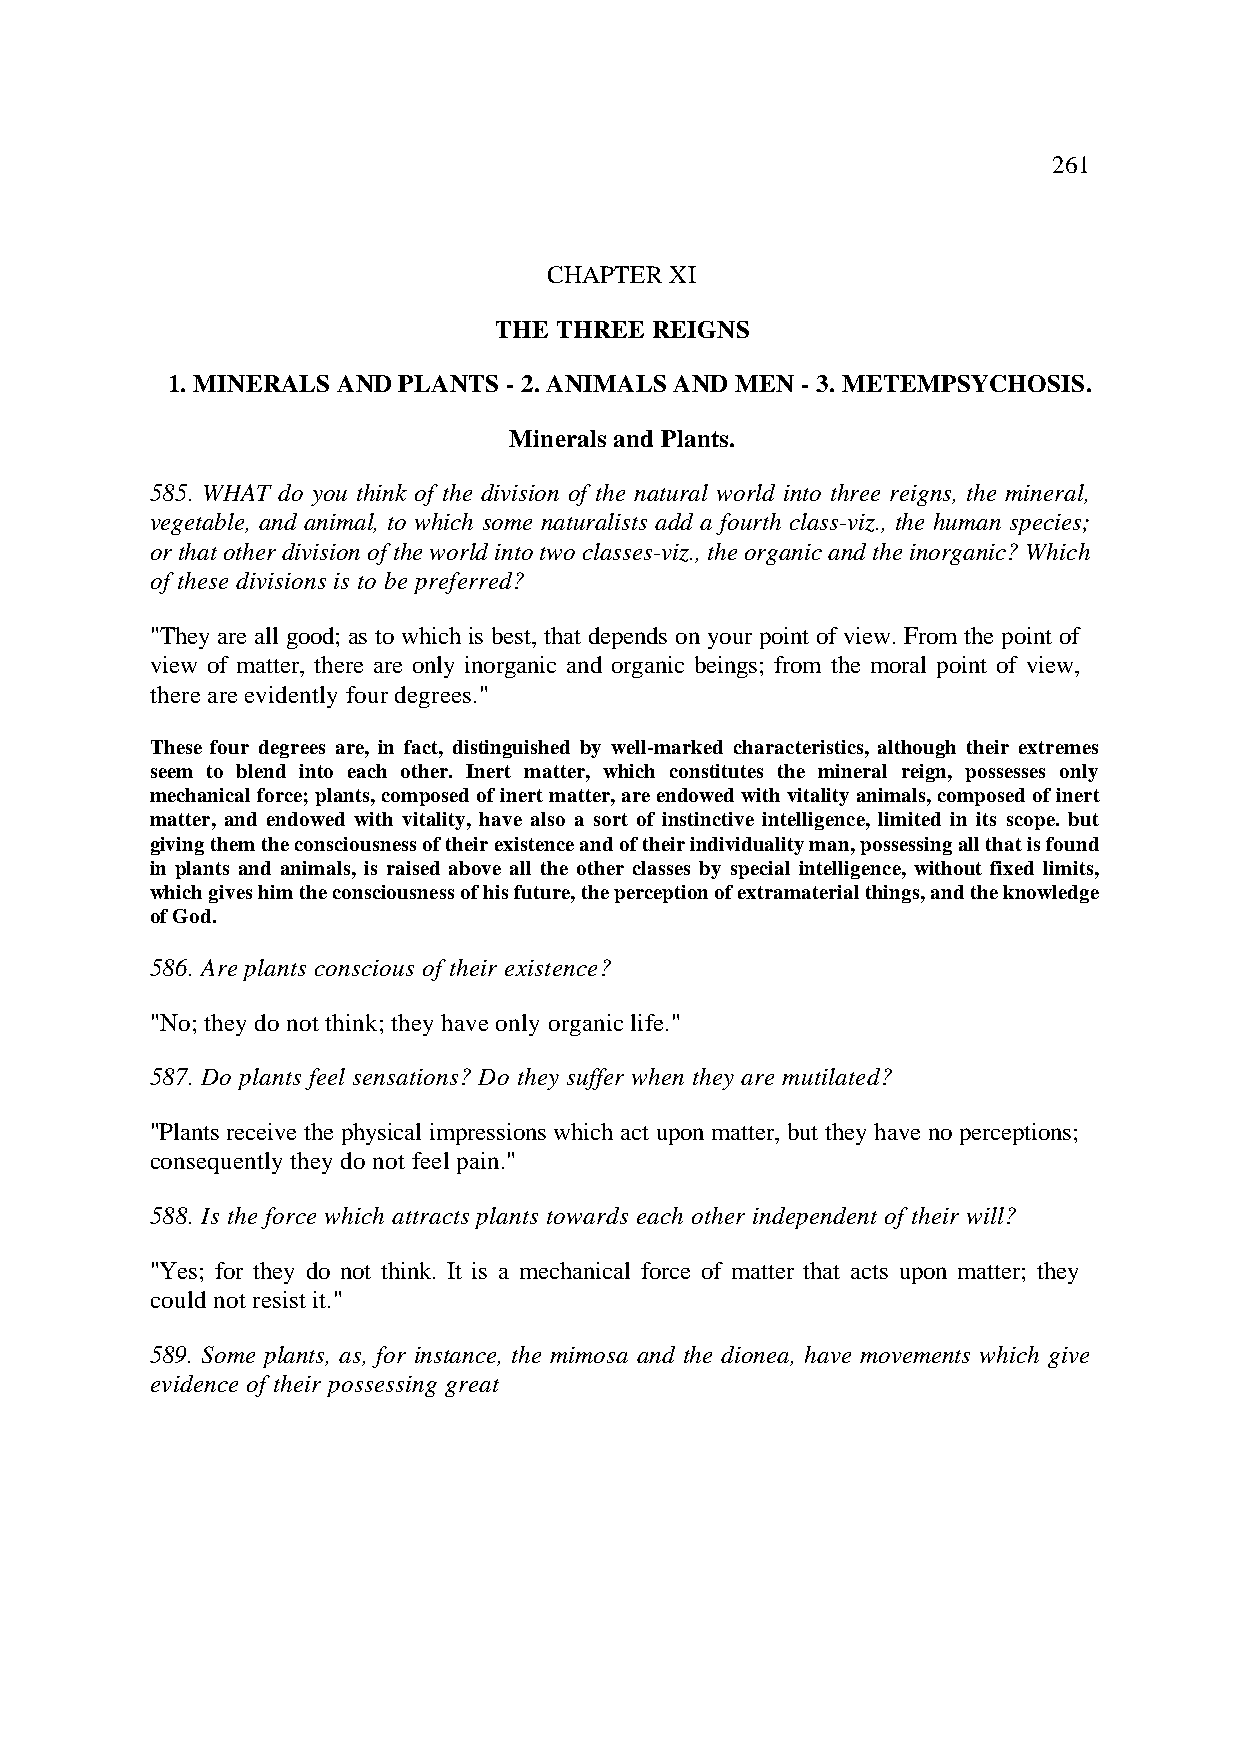
261
 CHAPTER XI
 THE THREE REIGNS
 1. MINERALS AND PLANTS - 2. ANIMALS AND MEN - 3. METEMPSYCHOSIS.
 Minerals and Plants.
 585. WHAT do you think of the division of the natural world into three reigns, the mineral,
 vegetable, and animal, to which some naturalists add a fourth class-viz., the human species;
 or that other division of the world into two classes-viz., the organic and the inorganic? Which
 of these divisions is to be preferred?
 "They are all good; as to which is best, that depends on your point of view. From the point of
 view of matter, there are only inorganic and organic beings; from the moral point of view,
 there are evidently four degrees."
 These four degrees are, in fact, distinguished by well-marked characteristics, although their extremes
 seem to blend into each other. Inert matter, which constitutes the mineral reign, possesses only
 mechanical force; plants, composed of inert matter, are endowed with vitality animals, composed of inert
 matter, and endowed with vitality, have also a sort of instinctive intelligence, limited in its scope. but
 giving them the consciousness of their existence and of their individuality man, possessing all that is found
 in plants and animals, is raised above all the other classes by special intelligence, without fixed limits,
 which gives him the consciousness of his future, the perception of extramaterial things, and the knowledge
 of God.
 586. Are plants conscious of their existence?
 "No; they do not think; they have only organic life."
 587. Do plants feel sensations? Do they suffer when they are mutilated?
 "Plants receive the physical impressions which act upon matter, but they have no perceptions;
 consequently they do not feel pain."
 588. Is the force which attracts plants towards each other independent of their will?
 "Yes; for they do not think. It is a mechanical force of matter that acts upon matter; they
 could not resist it."
 589. Some plants, as, for instance, the mimosa and the dionea, have movements which give
 evidence of their possessing great